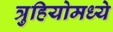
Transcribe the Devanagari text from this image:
त्रुहियोमध्ये